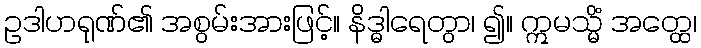
ဥဒါဟရုဏ်၏ အစွမ်းအားဖြင့်။ နိဒ္ဓါရေတွာ၊ ၍။ ဣမသ္မိံ အတ္ထေ၊